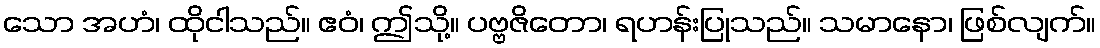
သော အဟံ၊ ထိုငါသည်။ ဧဝံ၊ ဤသို့။ ပဗ္ဗဇိတော၊ ရဟန်းပြုသည်။ သမာနော၊ ဖြစ်လျက်။